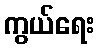
ကွယ်ရေး